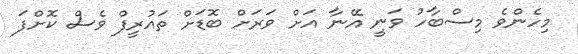
މިހެންވެ މިސްބާހު ވަނީ އޭނާ އަށް ވަރަށް ބޮޑަށް ތައުރީފް ވެސް ކޮށްފަ